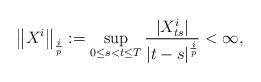
LaTeX: \begin{align*}\big\|X^i\big\|_{\frac{i}{p}} := \underset{0\leq s<t\leq T}{\sup}\,\frac{|X^i_{ts}|}{|t-s|^{\frac{i}{p}}}<\infty, \end{align*}